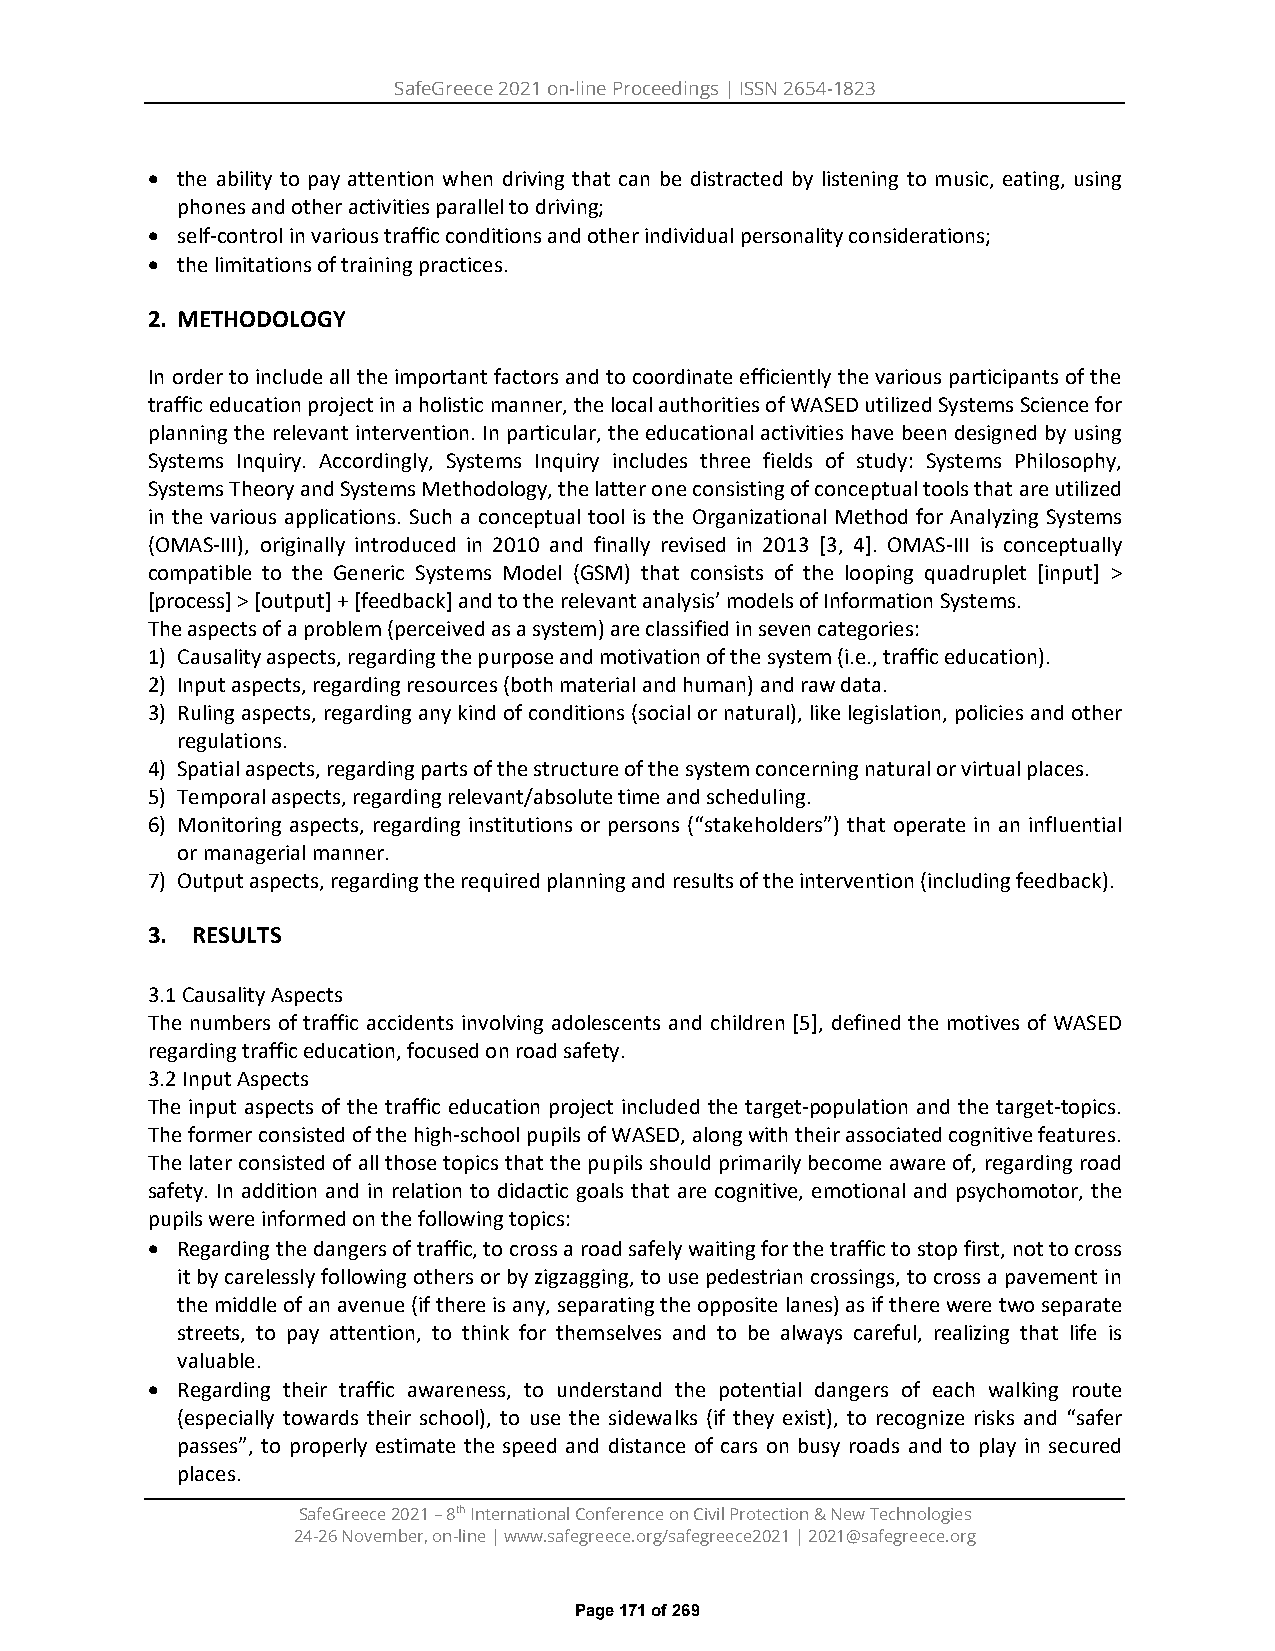
SafeGreece 2021 on-line Proceedings | ISSN 2654-1823
 • the ability to pay attention when driving that can be distracted by listening to music, eating, using
 phones and other activities parallel to driving;
 • self-control in various traffic conditions and other individual personality considerations;
 • the limitations of training practices.
 2. METHODOLOGY
 In order to include all the important factors and to coordinate efficiently the various participants of the
 traffic education project in a holistic manner, the local authorities of WASED utilized Systems Science for
 planning the relevant intervention. In particular, the educational activities have been designed by using
 Systems Inquiry. Accordingly, Systems Inquiry includes three fields of study: Systems Philosophy,
 Systems Theory and Systems Methodology, the latter one consisting of conceptual tools that are utilized
 in the various applications. Such a conceptual tool is the Organizational Method for Analyzing Systems
 (OMAS-III), originally introduced in 2010 and finally revised in 2013 [3, 4]. OMAS-III is conceptually
 compatible to the Generic Systems Model (GSM) that consists of the looping quadruplet [input] >
 [process] > [output] + [feedback] and to the relevant analysis’ models of Information Systems.
 The aspects of a problem (perceived as a system) are classified in seven categories:
 1) Causality aspects, regarding the purpose and motivation of the system (i.e., traffic education).
 2) Input aspects, regarding resources (both material and human) and raw data.
 3) Ruling aspects, regarding any kind of conditions (social or natural), like legislation, policies and other
 regulations.
 4) Spatial aspects, regarding parts of the structure of the system concerning natural or virtual places.
 5) Temporal aspects, regarding relevant/absolute time and scheduling.
 6) Monitoring aspects, regarding institutions or persons (“stakeholders”) that operate in an influential
 or managerial manner.
 7) Output aspects, regarding the required planning and results of the intervention (including feedback).
 3. RESULTS
 3.1 Causality Aspects
 The numbers of traffic accidents involving adolescents and children [5], defined the motives of WASED
 regarding traffic education, focused on road safety.
 3.2 Input Aspects
 The input aspects of the traffic education project included the target-population and the target-topics.
 The former consisted of the high-school pupils of WASED, along with their associated cognitive features.
 The later consisted of all those topics that the pupils should primarily become aware of, regarding road
 safety. In addition and in relation to didactic goals that are cognitive, emotional and psychomotor, the
 pupils were informed on the following topics:
 • Regarding the dangers of traffic, to cross a road safely waiting for the traffic to stop first, not to cross
 it by carelessly following others or by zigzagging, to use pedestrian crossings, to cross a pavement in
 the middle of an avenue (if there is any, separating the opposite lanes) as if there were two separate
 streets, to pay attention, to think for themselves and to be always careful, realizing that life is
 valuable.
 • Regarding their traffic awareness, to understand the potential dangers of each walking route
 (especially towards their school), to use the sidewalks (if they exist), to recognize risks and “safer
 passes”, to properly estimate the speed and distance of cars on busy roads and to play in secured
 places.
 SafeGreece 2021 – 8th International Conference on Civil Protection & New Technologies
 24-26 November, on-line | www.safegreece.org/safegreece2021 | 2021@safegreece.org
 Page 171 of 269